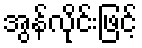
အွန်လိုင်းဖြင့်